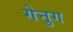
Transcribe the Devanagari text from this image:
गेनुग